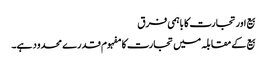
بیع اور تجارت کا باہمی فرق
بیع کے مقابلہ میں تجارت کا مفہوم قدرے محدود ہے۔